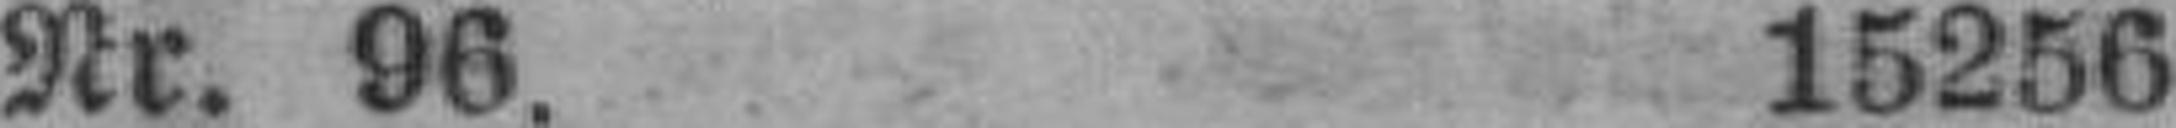
Nr. 96. 15256